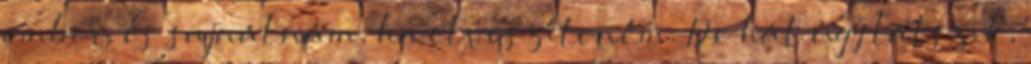
ember, és sajnálnám, ha elveszíteném. De hát úgy látszik,